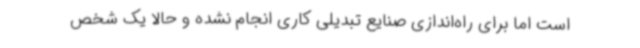
است اما برای راه‌اندازی صنایع تبدیلی کاری انجام نشده و حالا یک شخص